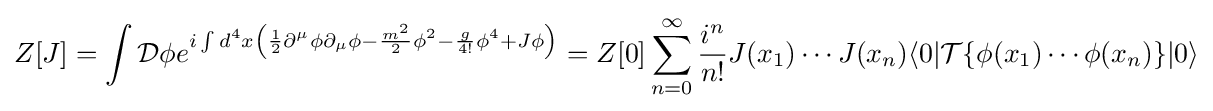
Z[J]=\int {\mathcal {D}}\phi e^{i\int d^{4}x\left({1 \over 2}\partial ^{\mu }\phi \partial _{\mu }\phi -{m^{2} \over 2}\phi ^{2}-{g \over 4!}\phi ^{4}+J\phi \right)}=Z[0]\sum _{n=0}^{\infty }{\frac {i^{n}}{n!}}J(x_{1})\cdots J(x_{n})\langle 0|{\mathcal {T}}\{\phi (x_{1})\cdots \phi (x_{n})\}|0\rangle